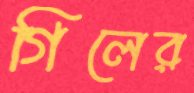
গিলের